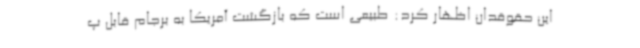
این حقوقدان اظهار کرد: طبیعی است که بازگشت آمریکا به برجام قابل پ